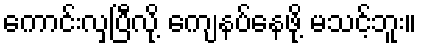
ကောင်းလှပြီလို့ ကျေနပ်နေဖို့ မသင့်ဘူး။